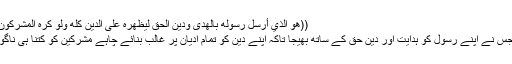
((هُوَ الَّذِي أَرْسَلَ رَسُولَهُ بِالْهُدَىٰ وَدِينِ الْحَقِّ لِيُظْهِرَهُ عَلَى الدِّينِ كُلِّهِ وَلَوْ كَرِهَ الْمُشْرِكُونَ)) (الصف-9)
وہ خدا وہ ہے جس نے اپنے رسول کو ہدایت اور دینِ حق کے ساتھ بھیجا تاکہ اپنے دین کو تمام ادیان پر غالب بنائے چاہے مشرکین کو کتنا ہی ناگوار کیوں نہ ہو۔